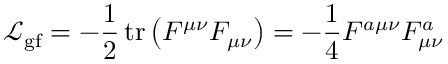
{ \mathcal { L } } _ { \mathrm { g f } } = - { \frac { 1 } { 2 } } \operatorname { t r } \left( F ^ { \mu \nu } F _ { \mu \nu } \right) = - { \frac { 1 } { 4 } } F ^ { a \mu \nu } F _ { \mu \nu } ^ { a }